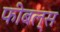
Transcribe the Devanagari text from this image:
फीबल्स